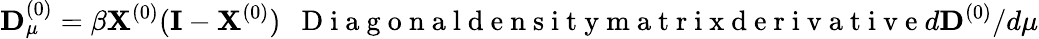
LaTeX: {\mathbf D}_{\mu}^{(0)}=\beta{\mathbf X}^{(0)}({\mathbf I}-{\mathbf X}^{(0)})~~\mathrm{~D~i~a~g~o~n~a~l~d~e~n~s~i~t~y~m~a~t~r~i~x~d~e~r~i~v~a~t~i~v~e~}d{\mathbf D}^{(0)}/d\mu